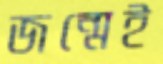
জন্মেই